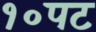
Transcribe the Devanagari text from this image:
१०पट